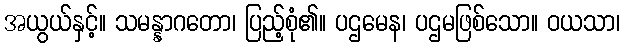
အယွယ်နှင့်။ သမန္နာဂတော၊ ပြည့်စုံ၏။ ပဌမေန၊ ပဌမဖြစ်သော။ ဝယသာ၊